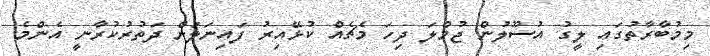
މިމުބާރާތުގައި ލީގު އުސޫލުން ޖުމްލަ ދިހަ މެޗެއް ކުޅޭއިރު ފައިނަލަށް ދަތުރުކުރާނީ އެންމެ